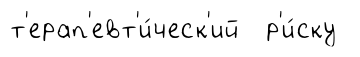
т'ерап'евт'и́ческ'ий р'и́ску